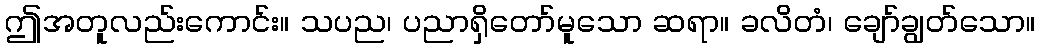
ဤအတူလည်းကောင်း။ သပည၊ ပညာရှိတော်မူသော ဆရာ။ ခလိတံ၊ ချော်ချွတ်သော။